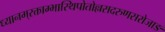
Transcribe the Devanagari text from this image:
ध्यानम्‌रक्ताम्भास्थिपोतोल्लसदरुणसरोजाङ